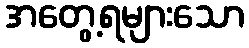
အတွေ့ရများသော